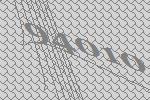
94010